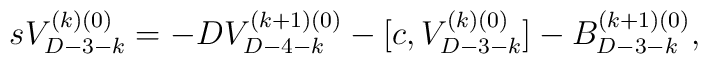
sV_{D-3-k}^{(k)(0)}=-DV_{D-4-k}^{(k+1)(0)}-[c,V_{D-3-k}^{(k)(0)}]-B_{D-3-k}^{(k+1)(0)},